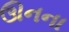
ઊનના